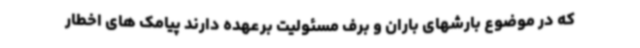
که در موضوع بارشهای باران و برف مسئولیت برعهده دارند پیامک های اخطار